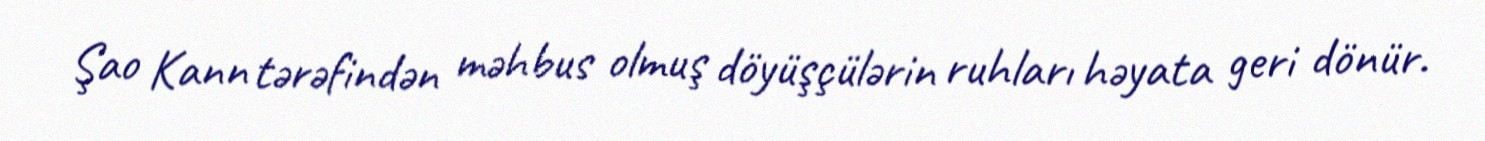
Şao Kann tərəfindən məhbus olmuş döyüşçülərin ruhları həyata geri dönür.